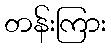
တန်းကြား